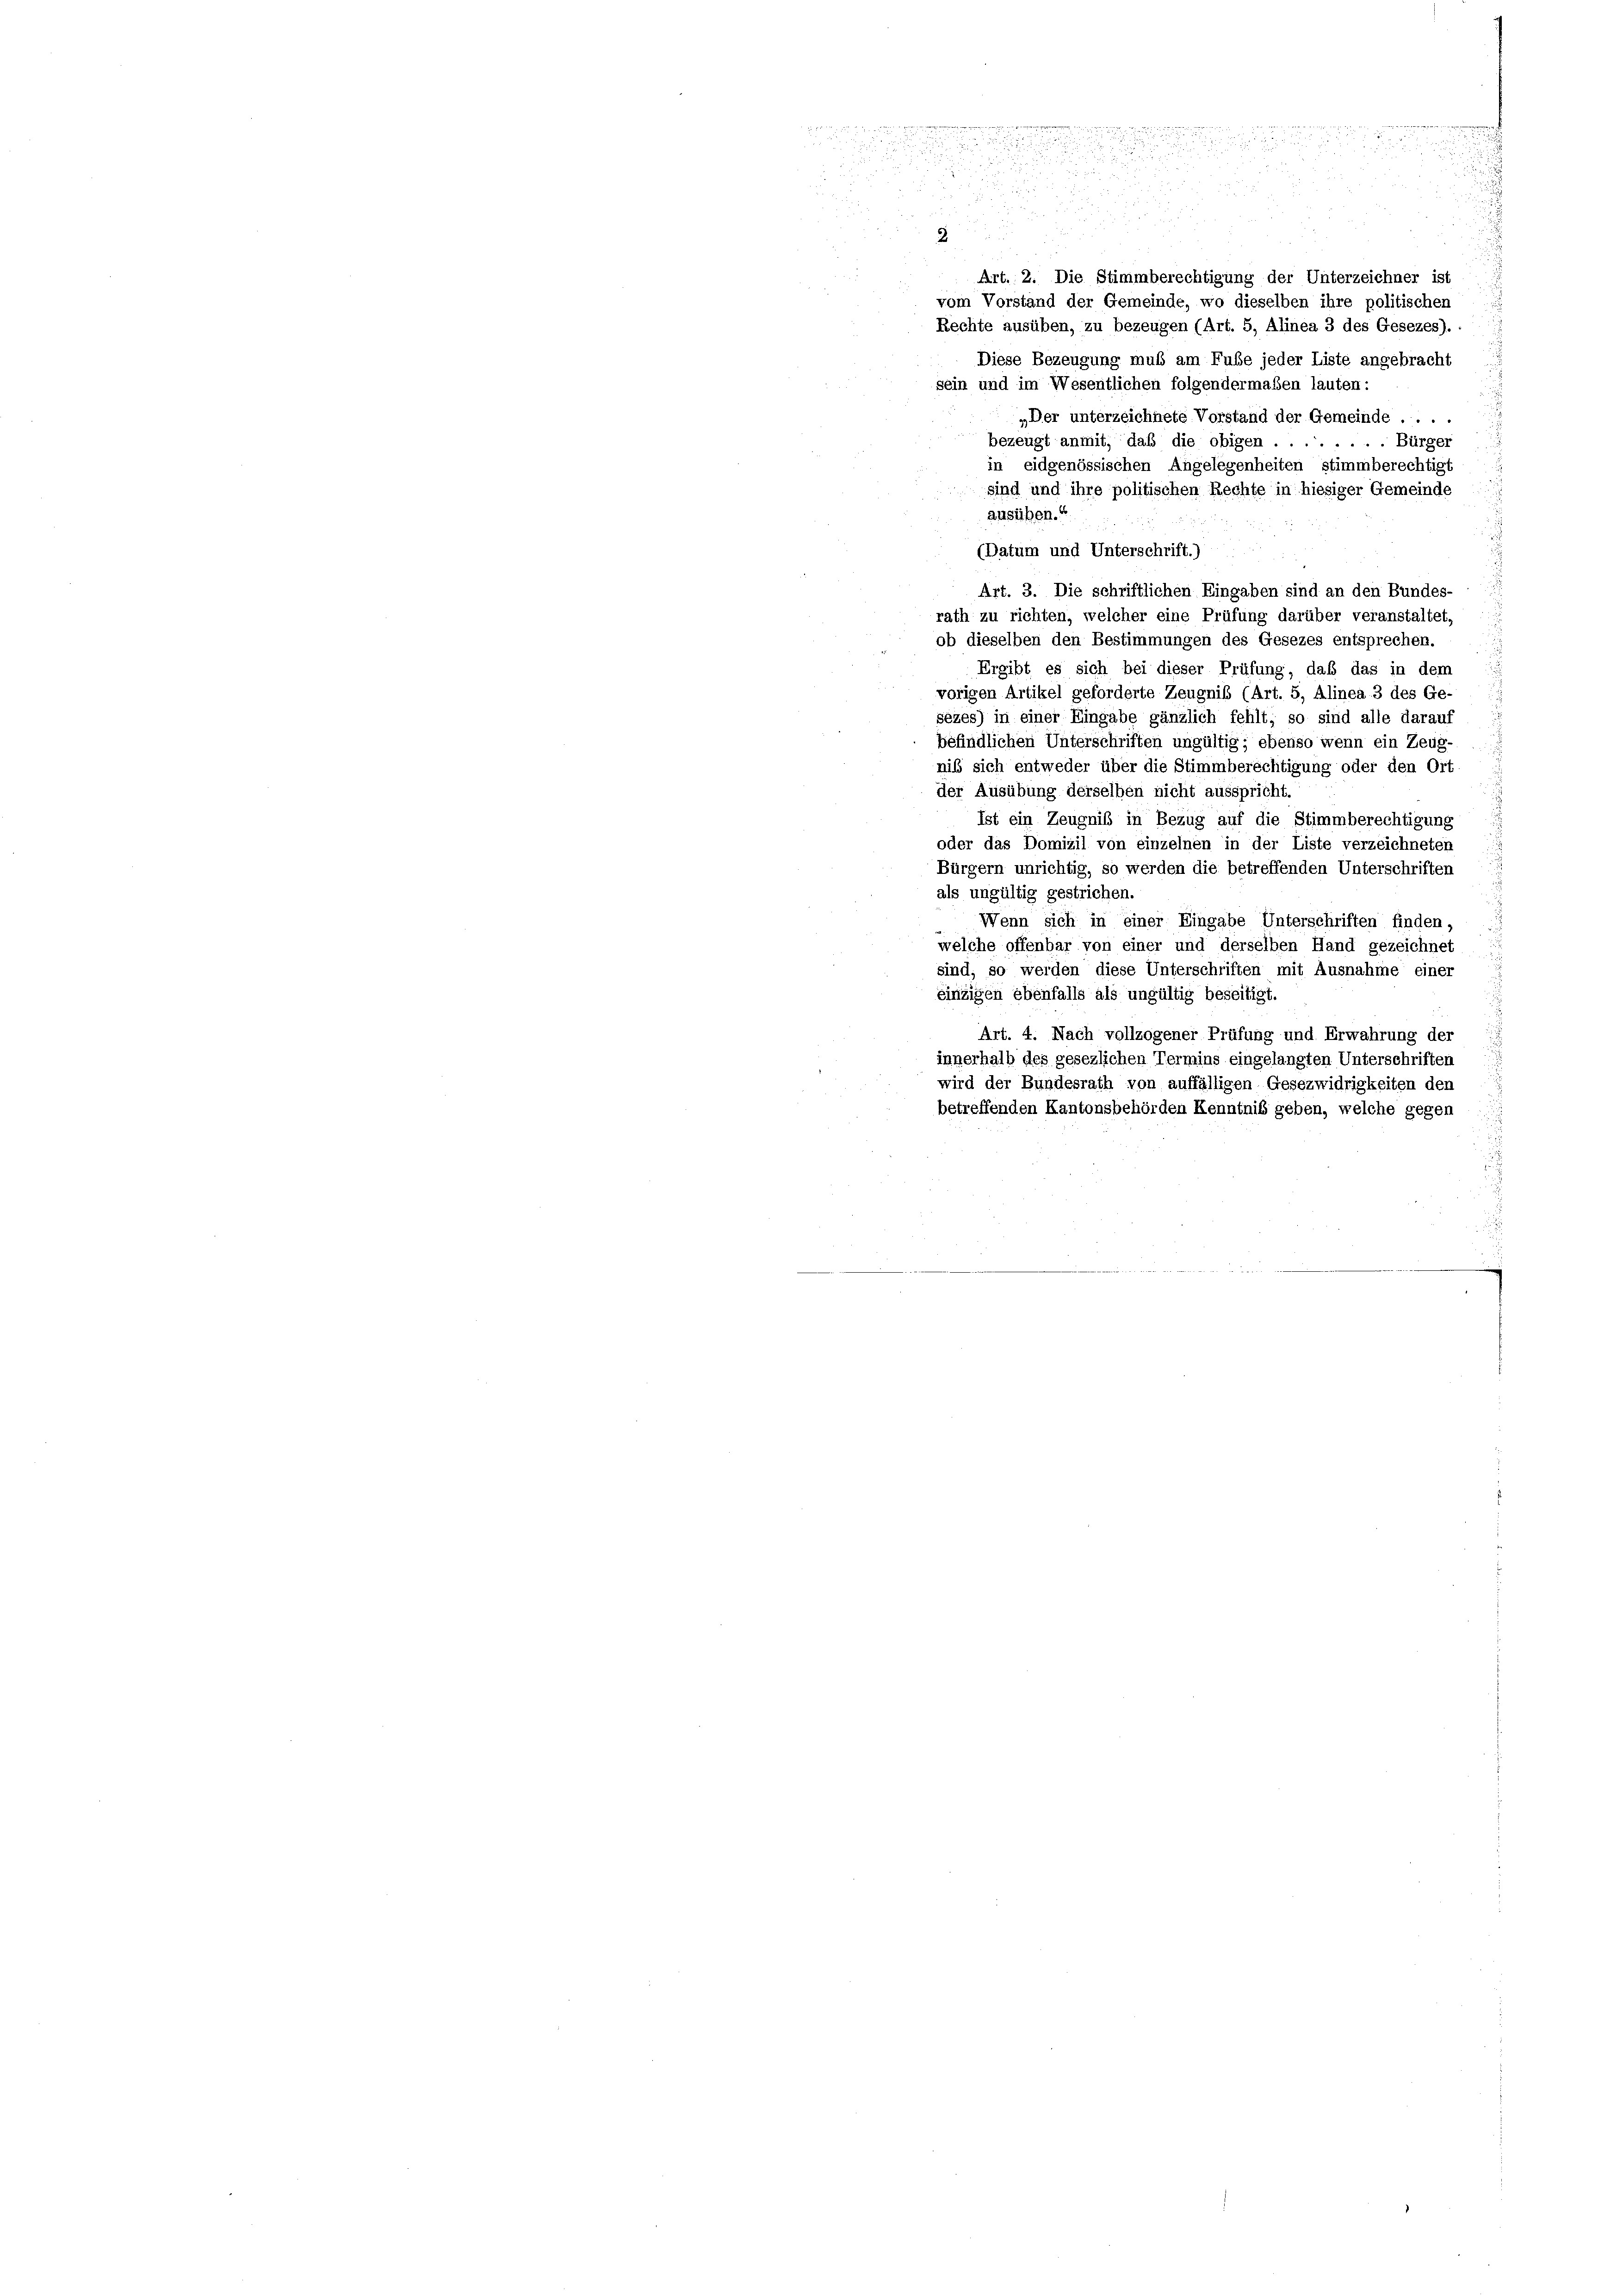
d

.
2

.
n
r

8
2

u
i

n
u

B
Art. 2. Die Stimmberechtigung der Unterzeichner ist
vom Vorstand der Gemeinde, wo dieselben ihre politischen
Rechte ausüben, zu bezeugen (Art. 5, Alinea 3 des Gesezes).
Diese Bezeugung muß am Fube jeder Liste angebracht
sein und im Wesentlichen folgendermaßen lauten:
„Der unterzeichnete Vorstand der Gemeinde ....
bezeugt anmit, daß die obigen . . .
.. Bürger
in eidgenössischen Angelegenheiten stimmberechtigt
sind und ihre politischen Rechte in hiesiger Gemeinde
ausüben.“

(Datum und Unterschrift.)
Art. 3. Die schriftlichen Eingaben sind an den Bundes-
rath zu richten, welcher eine Prüfung darüber veranstaltet,
ob dieselben den Bestimmungen des Gesezes entsprechen.
Ergibt es sich bei dieser Prüfung, daß das in dem
vorigen Artikel geforderte Zeugnis (Art. 5, Alinea 3 des Ge-
sezes) in einer Eingabe gänzlich fehlt; so sind alle darauf
befindlichen Unterschriften ungültig; ebenso wenn ein Zeug- .....
nis sich entweder über die Stimmberechtigung oder den Ort
der Ausübung derselben nicht ausspricht.
Ist ein Zeugnis in Bezug auf die Stimmberechtigung
oder das Domizil von einzelnen in der Liste verzeichneten
Bürgern unrichtig, so werden die betreffenden Unterschriften
als ungültig gestrichen.
Wenn sich in einer Eingabe Unterschriften finden,
welche offenbar von einer und derselben Hand gezeichnet
sind, so werden diese Unterschriften mit Ausnahme einer
einzigen ebenfalls als ungültig beseitigt.
Art. 4. Nach vollzogener Prüfung und Erwahrung der
innerhalb des gesezlichen Termins eingelangten Unterschriften
wird der Bundesrath von auffälligen Gesezwidrigkeiten den
betreffenden Kantonsbehörden Kenntnis geben, welche gegen
i